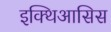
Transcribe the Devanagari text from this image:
इक्थिआसिस